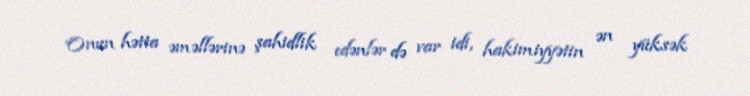
Onun hətta əməllərinə şahidlik edənlər də var idi, hakimiyyətin ən yüksək